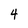
Character: 4